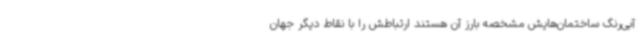
آبی‌رنگ ساختمان‌هایش مشخصه بارز آن هستند ارتباطش را با نقاط دیگر جهان